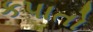
કપાતો